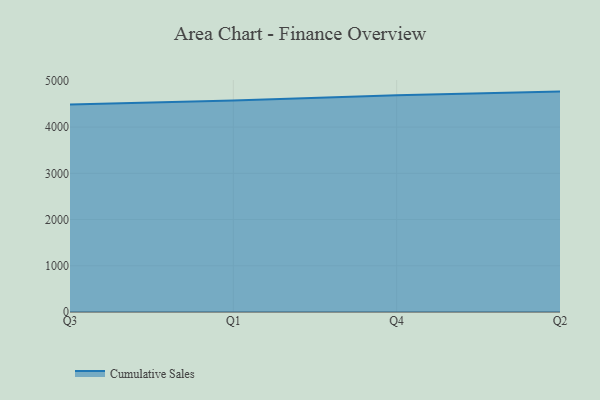
{"axis": {"x": "Quarter", "y": "Budget (USD K)"}, "legend": ["Cumulative Sales"], "data": [{"x": "Q3", "y": 4489.4, "type": "Cumulative Sales"}, {"x": "Q1", "y": 4575.6, "type": "Cumulative Sales"}, {"x": "Q4", "y": 4686.9, "type": "Cumulative Sales"}, {"x": "Q2", "y": 4768.4, "type": "Cumulative Sales"}]}